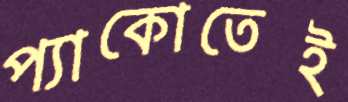
প্যাকোতেই